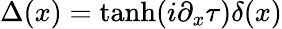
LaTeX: \Delta(x)=\operatorname{tanh}(i\partial_{x}\tau)\delta(x)